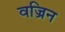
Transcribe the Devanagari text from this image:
वज्रिन